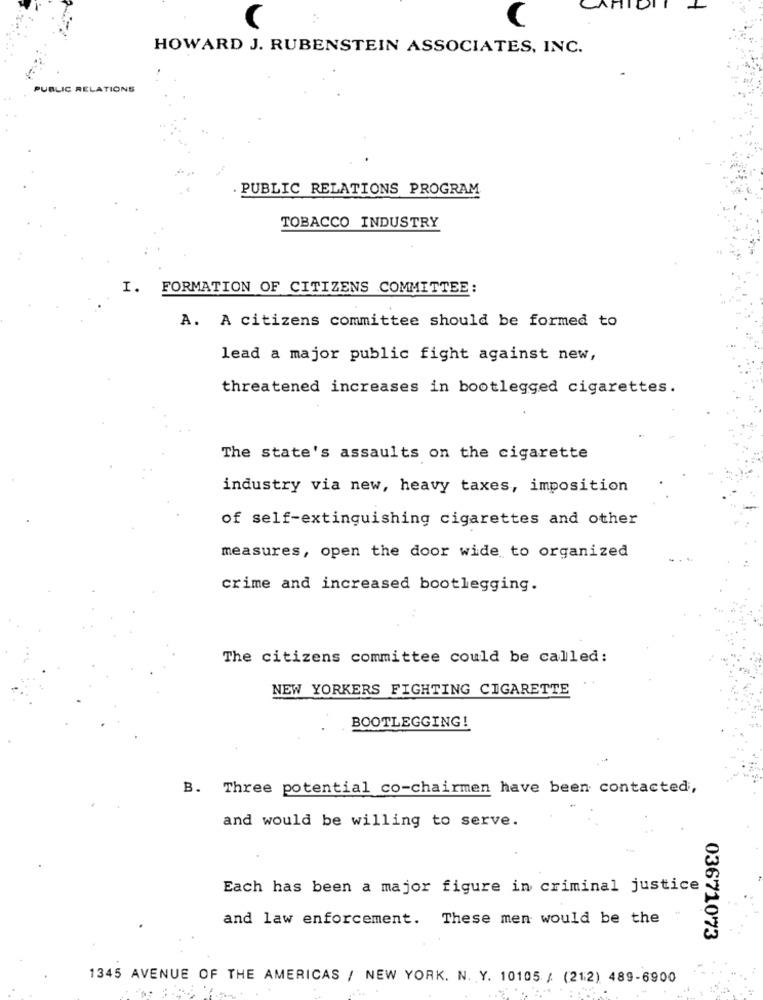
C
HOWARD J. RUBENSTEIN ASSOCIATES, INC.
PUBLIC RELATIONS
PUBLIC RELATIONS PROGRAM
TOBACCO INDUSTRY
I.
FORMATION OF CITIZENS COMMITTEE:
A. A citizens committee should be formed to
lead a major public fight against new,
threatened increases in bootlegged cigarettes.
The state's assaults on the cigarette
industry via new, heavy taxes, imposition
of self-extinguishing cigarettes and other
measures, open the door wide to organized
crime and increased bootlegging.
The citizens committee could be called:
NEW YORKERS FIGHTING CIGARETTE
BOOTLEGGING!
B. Three potential co-chairmen have been contacted,
and would be willing to serve.
Each has been a major figure in criminal justice
and law enforcement. These men would be the
03671073
1345 AVENUE OF THE AMERICAS / NEW YORK. N. Y. 10105 / (212) 489-6900